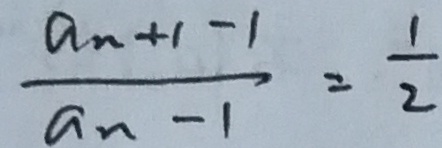
\frac { a _ { n + 1 } - 1 } { a _ { n - 1 } } = \frac { 1 } { 2 }